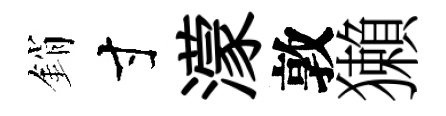
銷寸濛敦獺